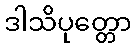
ဒါသိပုတ္တော